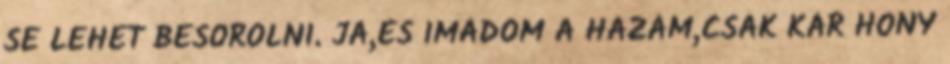
SE LEHET BESOROLNI. JA,ÉS IMÁDOM A HAZÁM,CSAK KÁR HONY